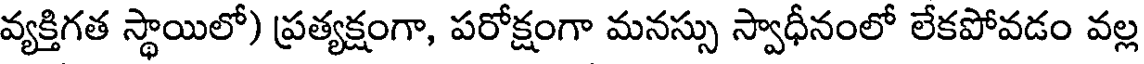
వ్యక్తిగత స్థాయిలో) ప్రత్యక్షంగా, పరోక్షంగా మనస్సు స్వాధీనంలో లేకపోవడం వల్ల